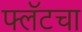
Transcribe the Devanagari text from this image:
फ्लॅटचा